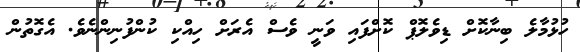
ހުޅުމާލެ ބިނާކޮށް ޑިވެލޮޕް ކޮށްފައި ވަނީ ވެސް އެރަށް ހިއްކި ކުންފުނިންނެވެ. އެގޮތުން